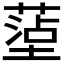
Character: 𫮤